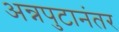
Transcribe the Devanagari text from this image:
अन्नपुटानंतर